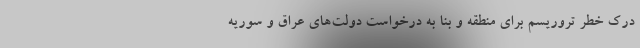
درک خطر تروریسم برای منطقه و بنا به درخواست دولت‌های عراق و سوریه